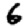
Digit: 6